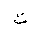
Letter: _ta